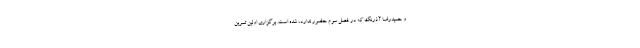
و حمیدرضا آذرنگ که در فصل سوم حضور ندارد، شده است. برگزاری اولین تمرین